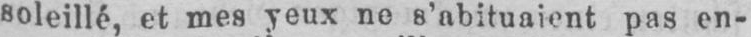
soleillé, et mes yeux no s’abituaient pas en-